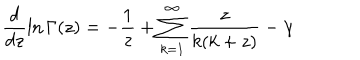
LaTeX: \frac { d } { d z } \ln \Gamma ( z ) = - \frac { 1 } { z } + \sum _ { k = 1 } ^ { \infty } \frac { z } { k ( k + z ) } - \gamma